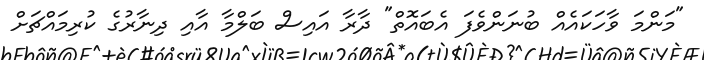
"މަންމަ ވާހަކައެއް ބުނަންވެފަ އެބައޮތް" ދާރާ އައިސް ބަލްމާ އާއި ދިނާރުގެ ކުރިމައްޗަށް